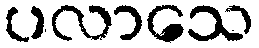
ပလာသေ